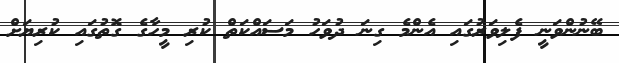
ބޭނުންވަނީ ފެލިވަރުގައި އެންމެ ގިނަ ދުވަހު މަސައްކަތް ކުރި މީހާގެ ގޮތުގައި ކުރިޔަށް